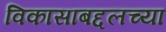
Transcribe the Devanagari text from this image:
विकासाबद्दलच्या